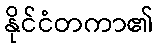
နိုင်ငံတကာ၏